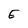
Character: E